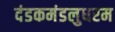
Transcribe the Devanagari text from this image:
दंडकमंडलुधरम